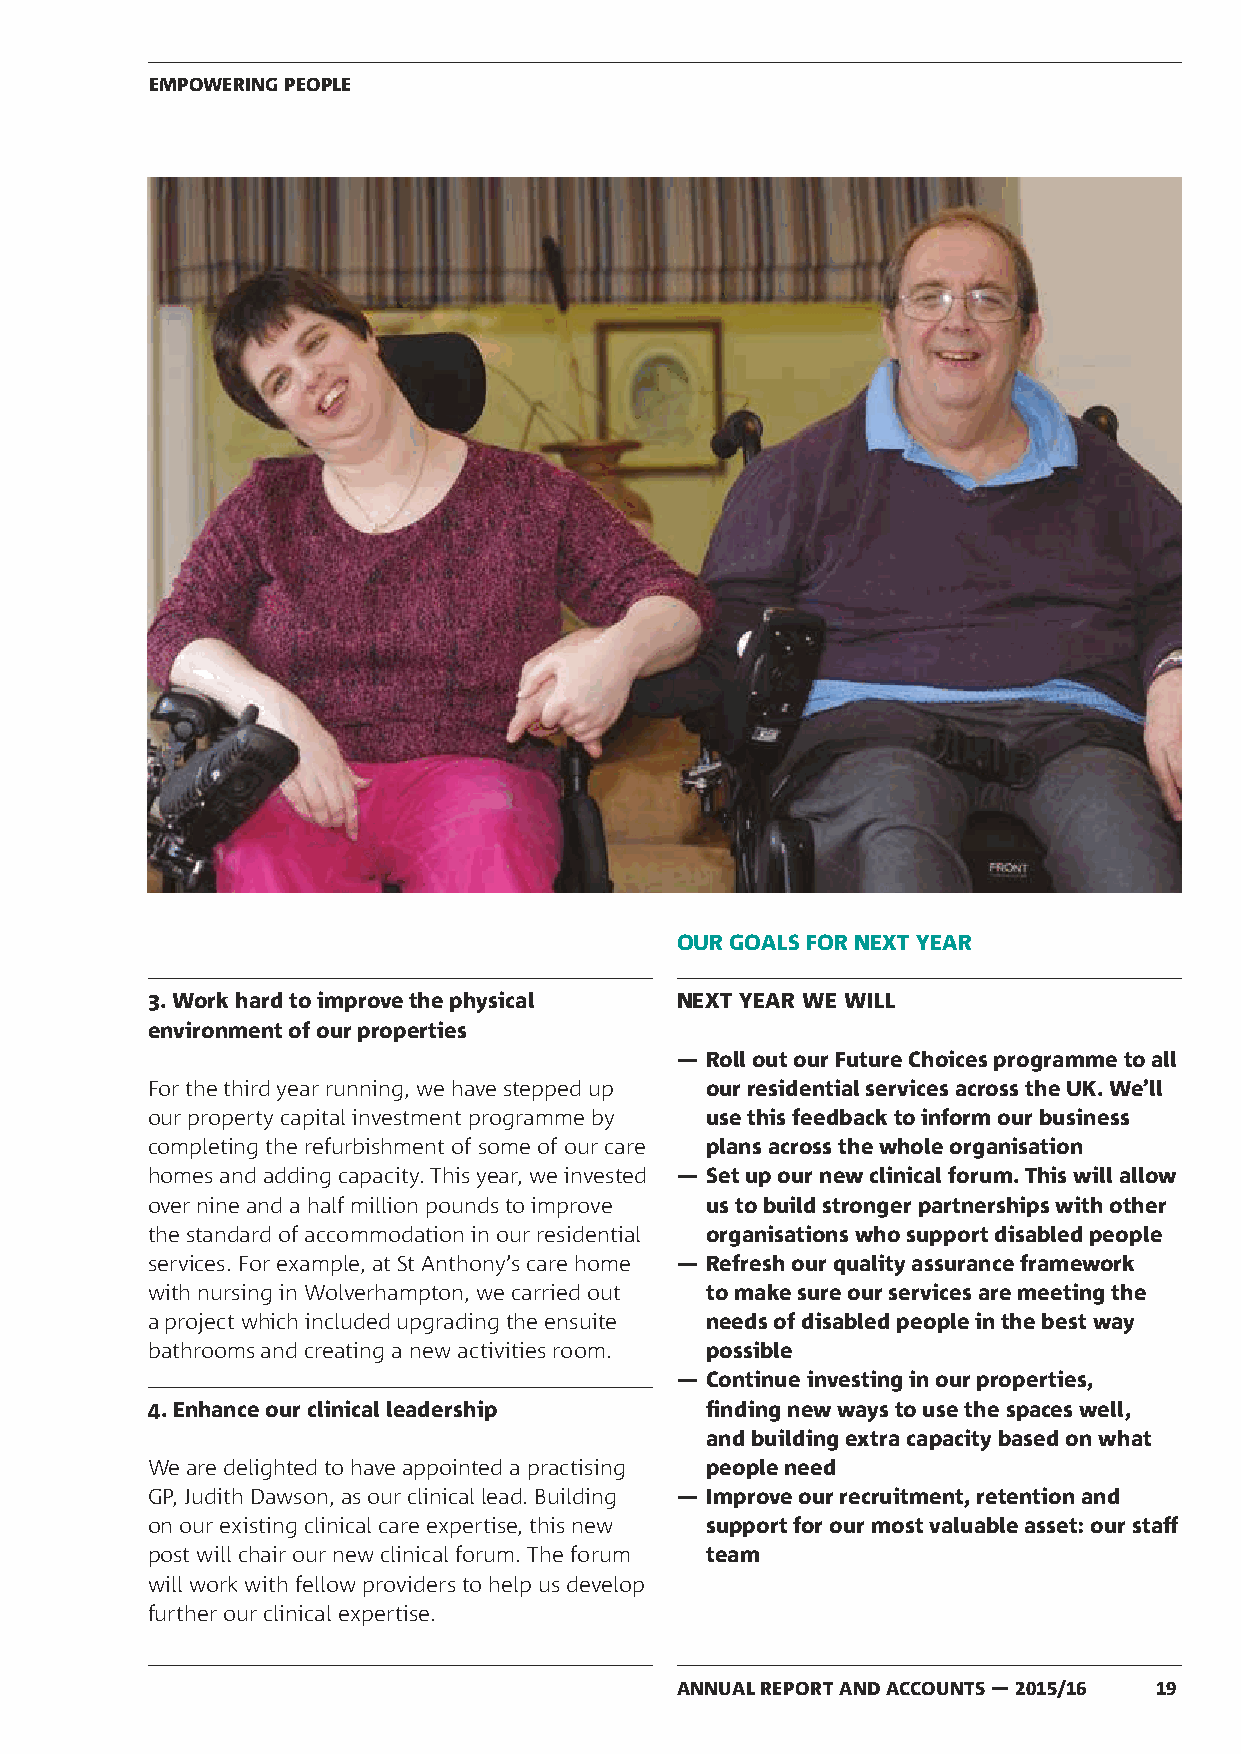
EMPOWERING PEOPLE
 OUR GOALS FOR NEXT YEAR
 3. Work hard to improve the physical NEXT YEAR WE WILL
 environment of our properties
 — Roll out our Future Choices programme to all
 For the third year running, we have stepped up our residential services across the UK. We’ll
 our property capital investment programme by use this feedback to inform our business
 completing the refurbishment of some of our care plans across the whole organisation
 homes and adding capacity. This year, we invested — Set up our new clinical forum. This will allow
 over nine and a half million pounds to improve us to build stronger partnerships with other
 the standard of accommodation in our residential organisations who support disabled people
 services. For example, at St Anthony’s care home — Refresh our quality assurance framework
 with nursing in Wolverhampton, we carried out to make sure our services are meeting the
 a project which included upgrading the ensuite needs of disabled people in the best way
 bathrooms and creating a new activities room. possible
 — Continue investing in our properties,
 4. Enhance our clinical leadership   finding new ways to use the spaces well,
 and building extra capacity based on what
 We are delighted to have appointed a practising people need
 GP, Judith Dawson, as our clinical lead. Building — Improve our recruitment, retention and
 on our existing clinical care expertise, this new support for our most valuable asset: our staff
 post will chair our new clinical forum. The forum team
 will work with fellow providers to help us develop
 further our clinical expertise.
 ANNUAL REPORT AND ACCOUNTS — 2015/16 19